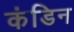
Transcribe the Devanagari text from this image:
कंडिन